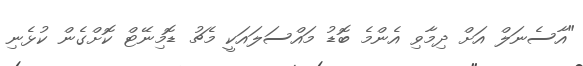
"އާސެނަލް އަށް ދިމާވި އެންމެ ބޮޑު މައްސަލައަކީ މެޗު ޑޮމިނޭޓް ކޮށްގެން ކުޅެނި